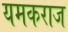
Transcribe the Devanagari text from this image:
यमकराज